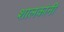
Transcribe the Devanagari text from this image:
शालकांनी